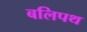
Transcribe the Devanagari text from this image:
बलिपथ